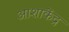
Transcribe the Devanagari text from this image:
आशाकेंद्र